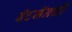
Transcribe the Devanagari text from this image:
बॅटमॅनची